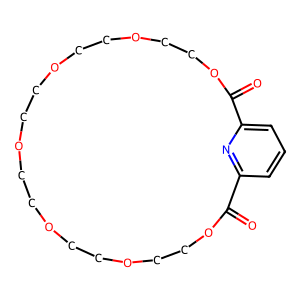
SMILES: O=C1OCCOCCOCCOCCOCCOCCOC(=O)c2cccc1n2
Inhibits HIV replication: No